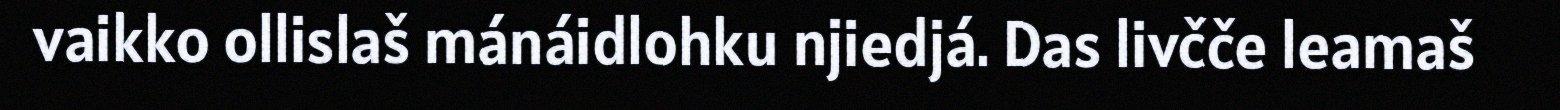
vaikko ollislaš mánáidlohku njiedjá. Das livčče leamaš